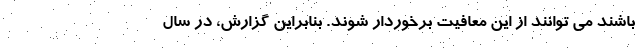
باشند می توانند از این معافیت برخوردار شوند. بنابراین گزارش، در سال